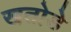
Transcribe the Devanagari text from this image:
खतोडे